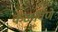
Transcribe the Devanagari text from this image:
कळविणे